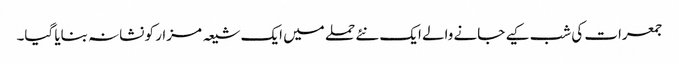
جمعرات کی شب کیے جانے والے ایک نئے حملے میں ایک شیعہ مزار کو نشانہ بنایا گیا۔